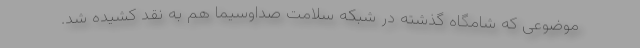
موضوعی که شامگاه گذشته در شبکه سلامت صداوسیما هم به نقد کشیده شد.